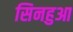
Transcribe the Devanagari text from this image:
सिनहुआ